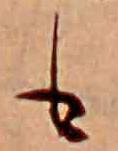
も